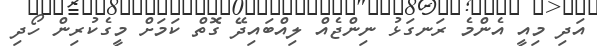
އަދި މިއީ އެންމެ ރަނގަޅު ނިންޖެއް ލިއްބައިދޭ ގޮތް ކަމަށް މީގެކުރިން ހޯދި